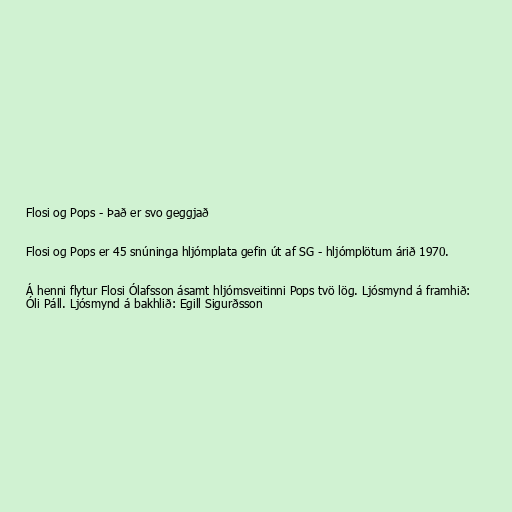
Flosi og Pops - Það er svo geggjað

Flosi og Pops er 45 snúninga hljómplata gefin út af SG - hljómplötum árið 1970.

Á henni flytur Flosi Ólafsson ásamt hljómsveitinni Pops tvö lög. Ljósmynd á framhið:
Óli Páll. Ljósmynd á bakhlið: Egill Sigurðsson